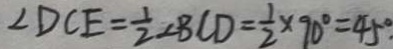
\angle D C E = \frac { 1 } { 2 } \angle B C D = \frac { 1 } { 2 } \times 9 0 ^ { \circ } = 4 5 ^ { \circ }